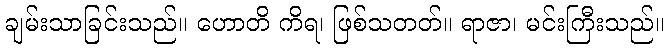
ချမ်းသာခြင်းသည်။ ဟောတိ ကိရ၊ ဖြစ်သတတ်။ ရာဇာ၊ မင်းကြီးသည်။